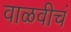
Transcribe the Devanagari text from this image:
वाळवीचं